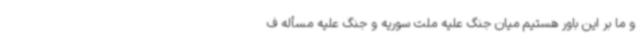
و ما بر این باور هستیم میان جنگ علیه ملت سوریه و جنگ علیه مسأله ف